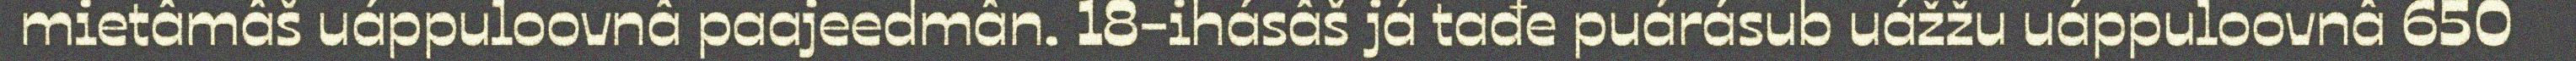
mietâmâš uáppuloovnâ paajeedmân. 18-ihásâš já tađe puárásub uážžu uáppuloovnâ 650